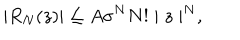
| R _ { N } ( z ) | \leq A \sigma ^ { N } N ! \mid z \mid ^ { N } ,